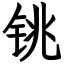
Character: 铫